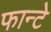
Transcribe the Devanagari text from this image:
फान्टे